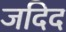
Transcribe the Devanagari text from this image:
जदिद